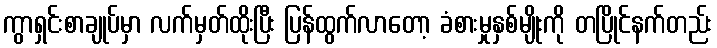
ကွာရှင်းစာချုပ်မှာ လက်မှတ်ထိုးပြီး ပြန်ထွက်လာတော့ ခံစားမှုနှစ်မျိုးကို တပြိုင်နက်တည်း